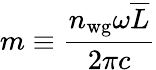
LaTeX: m\equiv\frac{n_{\mathrm{wg}}\omega\overline{{L}}}{2\pi c}